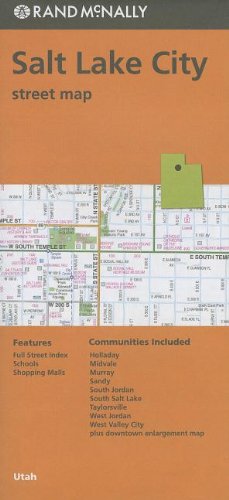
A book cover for Rand McNally Folded Map: Salt Lake City; Rand McNally; Travel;